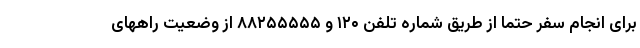
برای انجام سفر حتماً از طریق شماره تلفن ۱۲۰ و ۸۸۲۵۵۵۵۵ از وضعیت راههای